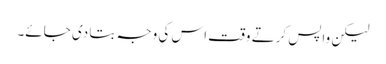
لیکن واپس کرتے وقت اس کی وجہ بتا دی جائے۔